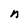
Character: n